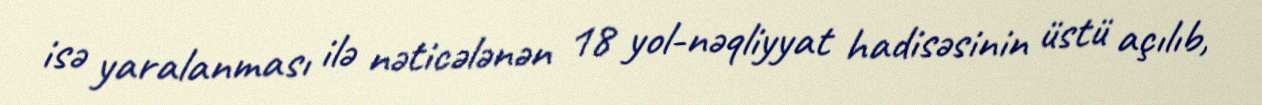
isə yaralanması ilə nəticələnən 18 yol-nəqliyyat hadisəsinin üstü açılıb,